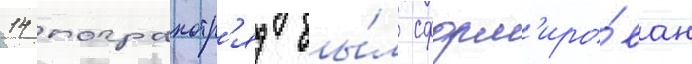
14 погранотр'яд бы́л сформ'иро́ван